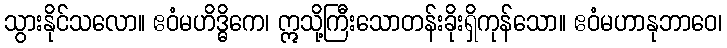
သွားနိုင်သလော။ ဧဝံမဟိဒ္ဓိကေ၊ ဣသို့ကြီးသောတန်းခိုးရှိကုန်သော။ ဧဝံမဟာနုဘာဝေ၊